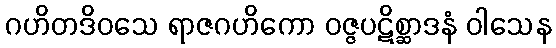
ဂဟိတဒိဝသေ ရာဇဂဟိကော ဝဇ္ဇပဋိစ္ဆာဒနံ ဝါသေန